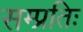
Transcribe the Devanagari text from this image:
सम्प्रतिः